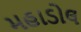
મહાડોલ